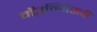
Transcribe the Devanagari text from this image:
मेंउन्निसवीं